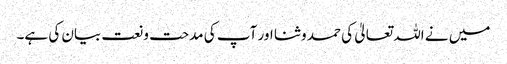
میں نے اللہ تعالیٰ کی حمد و ثنا اور آپ کی مدحت و نعت بیان کی ہے۔